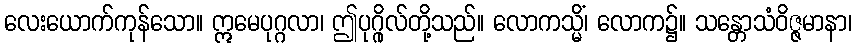
လေးယောက်ကုန်သော။ ဣမေပုဂ္ဂလာ၊ ဤပုဂ္ဂိုလ်တို့သည်။ လောကသ္မိံ၊ လောက၌။ သန္တောသံဝိဇ္ဇမာနာ၊